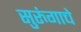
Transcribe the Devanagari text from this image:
सुरुंगाचे